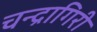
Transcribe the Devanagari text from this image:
चन्द्रागिरी